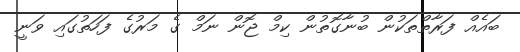
ބައެއް ފަރާތްތަކުން ބުނާގޮތުން ކިމް ޖޮން ނަމް ގެ މަރުގެ ފަހަތުގައި ވަނީ